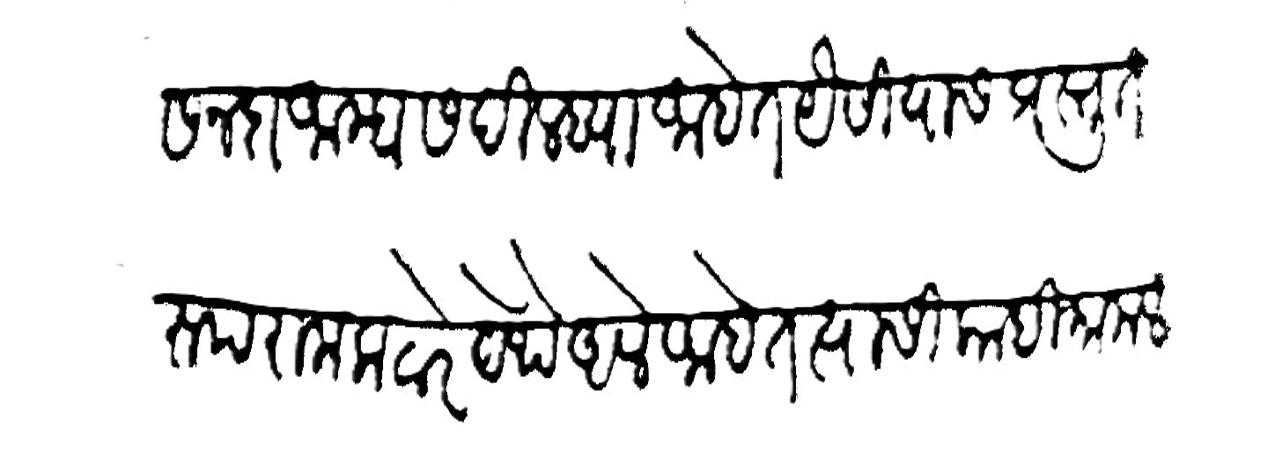
Transliteration (Devanagari): सनदा आम्हास दिल्ह्या आहेत यसीयास प्रस्तुत
रूपराम कटारे येथे अले आहेत त्यासी काही मामलतीचा